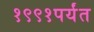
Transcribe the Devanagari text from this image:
१९९१पर्यंत